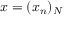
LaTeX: x = ( x _ { n } ) _ { N }